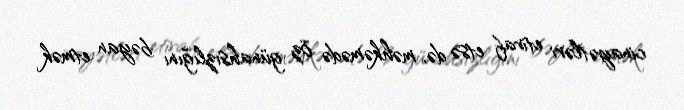
cinayətləri etiraf etsə də, məhkəmədə öz günahsızlığını bəyan etmək